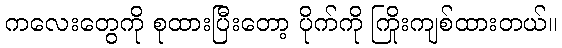
ကလေးတွေကို စုထားပြီးတော့ ပိုက်ကို ကြိုးကျစ်ထားတယ်။